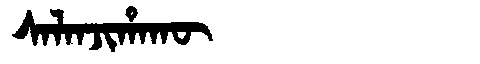
Manchu: ᠰᠠᠯᠠᠨᠵᡳᡥᠠᡴᡡ
Romanization: SALANJIHAKŪ